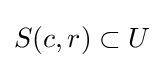
{\textstyle S(c,r)\subset U}